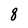
Character: 8